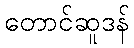
တောင်ဆူဒန်